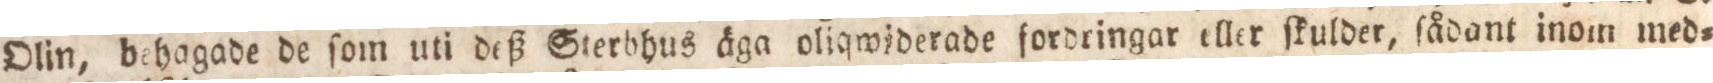
Olin, behagade de ſom uti deß Sterbhus äga oliqwiderade fordringar eller ſkulder, ſådant inom med=